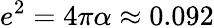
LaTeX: e^{2}=4\pi\alpha\approx 0.092